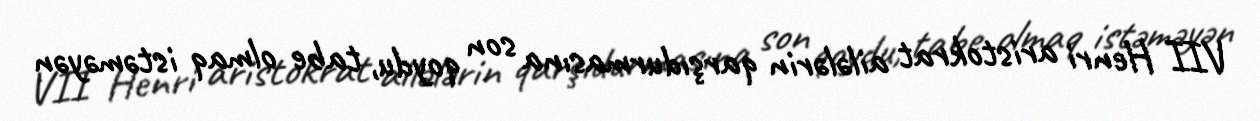
VII Henri aristokrat ailələrin qarşıdurmasına son qoydu, tabe olmaq istəməyən